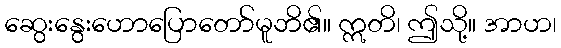
ဆွေးနွေးဟောပြောတော်မူဘိ၏။ ဣတိ၊ ဤသို့။ အာဟ၊